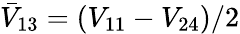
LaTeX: \bar{V}_{13}=(V_{11}-V_{24})/2